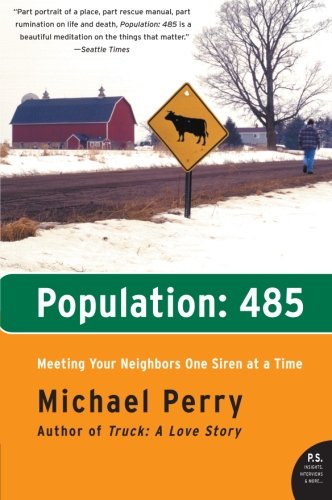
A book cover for Population: 485- Meeting Your Neighbors One Siren at a Time (P.S.); Michael Perry; Humor & Entertainment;